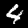
Digit: 4